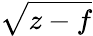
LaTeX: \sqrt{z-f}